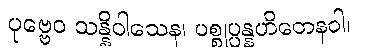
ပုဗ္ဗေဝ သန္နိဝါသေန၊ ပစ္စုပ္ပန္နဟိတေနဝါ၊